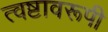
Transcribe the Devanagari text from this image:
त्वष्टावरूपी